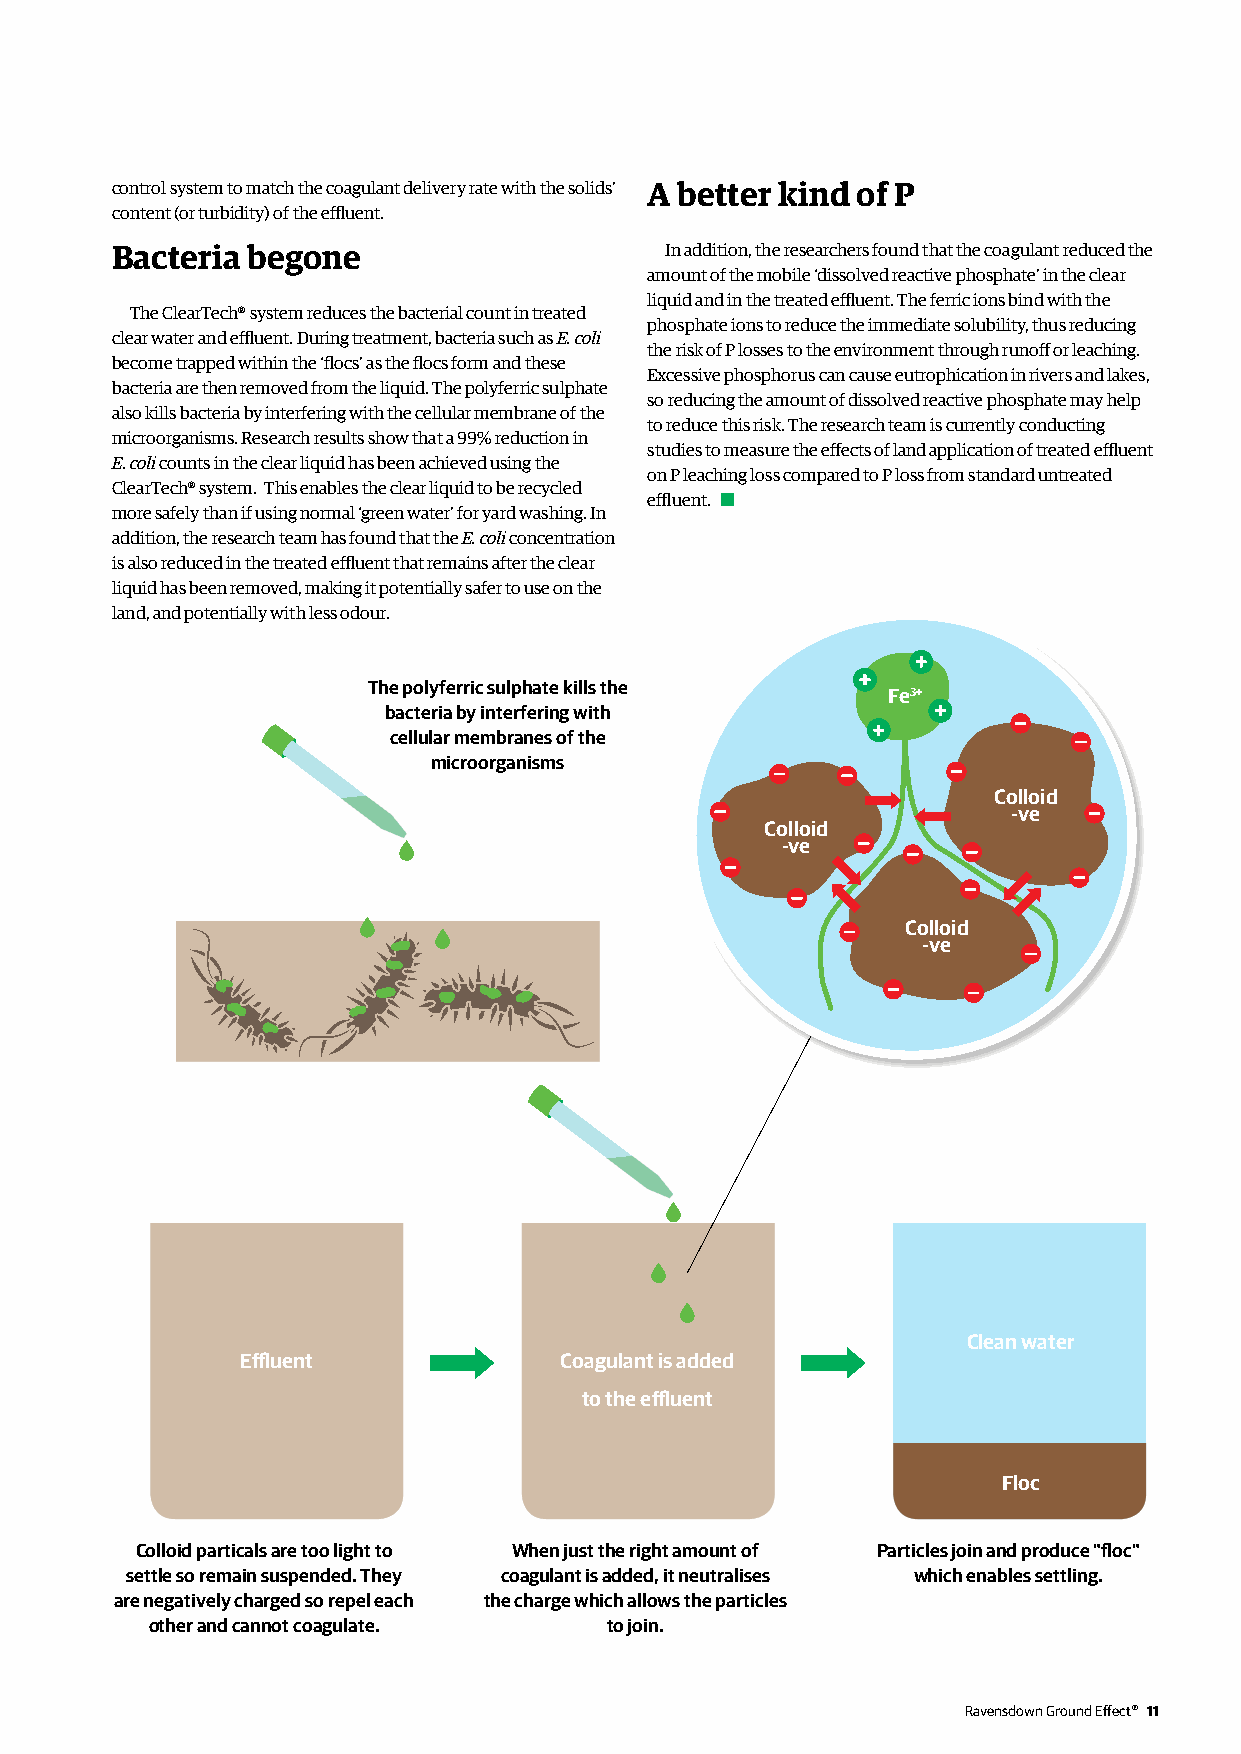
control system to match the coagulant delivery rate with the solids’ A better kind of P
 content (or turbidity) of the effluent.
 Bacteria begone                      In addition, the researchers found that the coagulant reduced the
 amount of the mobile ‘dissolved reactive phosphate’ in the clear
 liquid and in the treated effluent. The ferric ions bind with the
 The ClearTech® system reduces the bacterial count in treated
 phosphate ions to reduce the immediate solubility, thus reducing
 clear water and effluent. During treatment, bacteria such as E. coli
 the risk of P losses to the environment through runoff or leaching.
 become trapped within the ‘flocs’ as the flocs form and these
 Excessive phosphorus can cause eutrophication in rivers and lakes,
 bacteria are then removed from the liquid. The polyferric sulphate
 so reducing the amount of dissolved reactive phosphate may help
 also kills bacteria by interfering with the cellular membrane of the
 to reduce this risk. The research team is currently conducting
 microorganisms. Research results show that a 99% reduction in
 studies to measure the effects of land application of treated effluent
 E. coli counts in the clear liquid has been achieved using the
 on P leaching loss compared to P loss from standard untreated
 ClearTech® system. This enables the clear liquid to be recycled
 effluent.
 more safely than if using normal ‘green water’ for yard washing. In
 addition, the research team has found that the E. coli concentration
 is also reduced in the treated effluent that remains after the clear
 liquid has been removed, making it potentially safer to use on the
 land, and potentially with less odour.
 The polyferric sulphate kills the
 Fe3+
 bacteria by interfering with
 cellular membranes of the
 microorganisms
 Colloid
 -ve
 Colloid
 -ve
 Colloid
 -ve
 Clean water
 Effluent             Coagulant is added
 to the effluent
 Floc
 Colloid particals are too light to When just the right amount of Particles join and produce "floc"
 settle so remain suspended. They coagulant is added, it neutralises which enables settling.
 are negatively charged so repel each the charge which allows the particles
 other and cannot coagulate.   to join.
 Ravensdown Ground Effect® 11